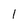
Character: l